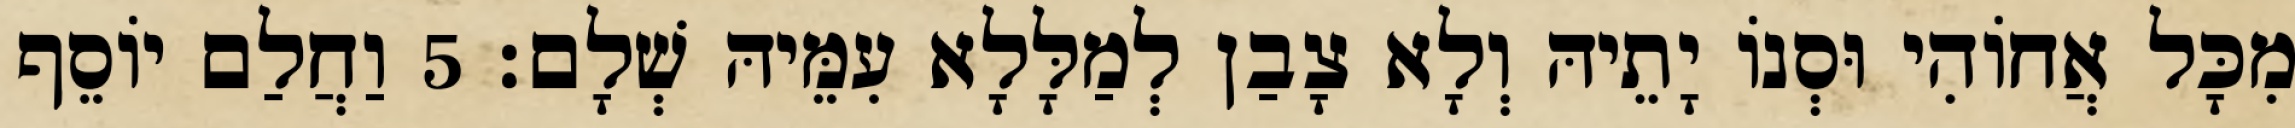
מִכָּל אֲחוֹהִי וּסְנוֹ יָתֵיהּ וְלָא צָבַן לְמַלָּלָא עִמֵּיהּ שְׁלָם׃ 5 וַחֲלַם יוֹסֵף